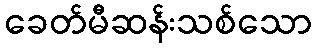
ခေတ်မီဆန်းသစ်သော